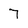
Character: 7